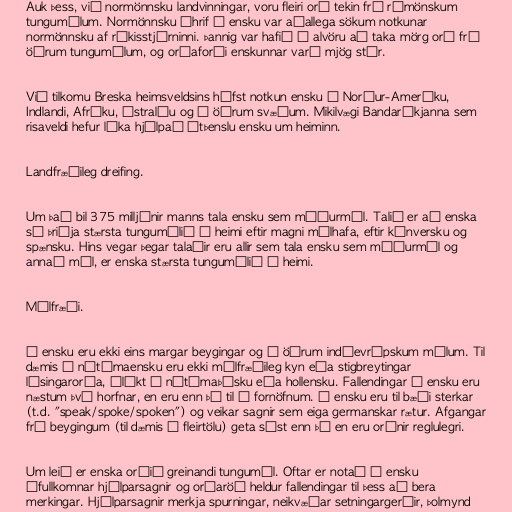
Auk þess, við normönnsku landvinningar, voru fleiri orð tekin frá rómönskum
tungumálum. Normönnsku áhrif á ensku var aðallega sökum notkunar
normönnsku af ríkisstjórninni. Þannig var hafið í alvöru að taka mörg orð frá
öðrum tungumálum, og orðaforði enskunnar varð mjög stór.

Við tilkomu Breska heimsveldsins hófst notkun ensku í Norður-Ameríku,
Indlandi, Afríku, Ástralíu og á öðrum svæðum. Mikilvægi Bandaríkjanna sem
risaveldi hefur líka hjálpað útþenslu ensku um heiminn.

Landfræðileg dreifing.

Um það bil 375 milljónir manns tala ensku sem móðurmál. Talið er að enska
sé þriðja stærsta tungumálið í heimi eftir magni málhafa, eftir kínversku og
spænsku. Hins vegar þegar talaðir eru allir sem tala ensku sem móðurmál og
annað mál, er enska stærsta tungumálið í heimi.

Málfræði.

Í ensku eru ekki eins margar beygingar og í öðrum indóevrópskum málum. Til
dæmis í nútímaensku eru ekki málfræðileg kyn eða stigbreytingar
lýsingarorða, ólíkt í nútímaþýsku eða hollensku. Fallendingar í ensku eru
næstum því horfnar, en eru enn þá til í fornöfnum. Í ensku eru til bæði sterkar
(t.d. "speak/spoke/spoken") og veikar sagnir sem eiga germanskar rætur. Afgangar
frá beygingum (til dæmis í fleirtölu) geta sést enn þá en eru orðnir reglulegri.

Um leið er enska orðið greinandi tungumál. Oftar er notað í ensku
ófullkomnar hjálparsagnir og orðaröð heldur fallendingar til þess að bera
merkingar. Hjálparsagnir merkja spurningar, neikvæðar setningargerðir, þolmynd